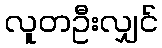
လူတဦးလျှင်